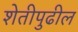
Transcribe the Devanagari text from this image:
शेतीपुढील